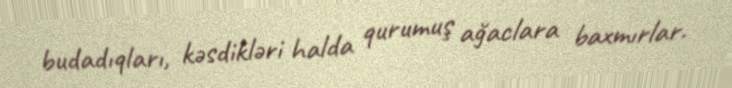
budadıqları, kəsdikləri halda qurumuş ağaclara baxmırlar.